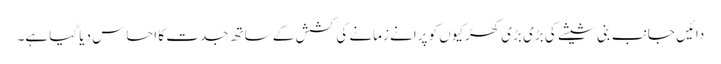
دائیں جانب بنی شیشے کی بڑی بڑی کھڑکیوں کو پرانے زمانے کی کشش کے ساتھ جدت کا احساس دیا گیا ہے۔